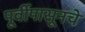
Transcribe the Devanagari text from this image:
पूर्वीपासूनचे